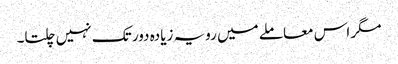
مگر اس معاملے میں رویہ زیادہ دور تک نہیں چلتا۔